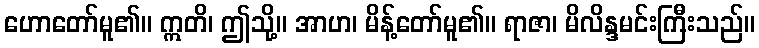
ဟောတော်မူ၏။ ဣတိ၊ ဤသို့။ အာဟ၊ မိန့်တော်မူ၏။ ရာဇာ၊ မိလိန္ဒမင်းကြီးသည်။